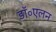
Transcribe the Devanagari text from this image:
डॉ॰एलन